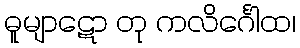
ဓူမျာဋော တု ကလိင်္ဂေါထ၊